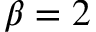
\beta = 2